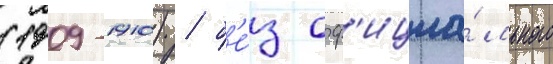
(1909-1910) / б'е́з оф'ициа́льного